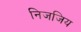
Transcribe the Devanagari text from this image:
निजजिय